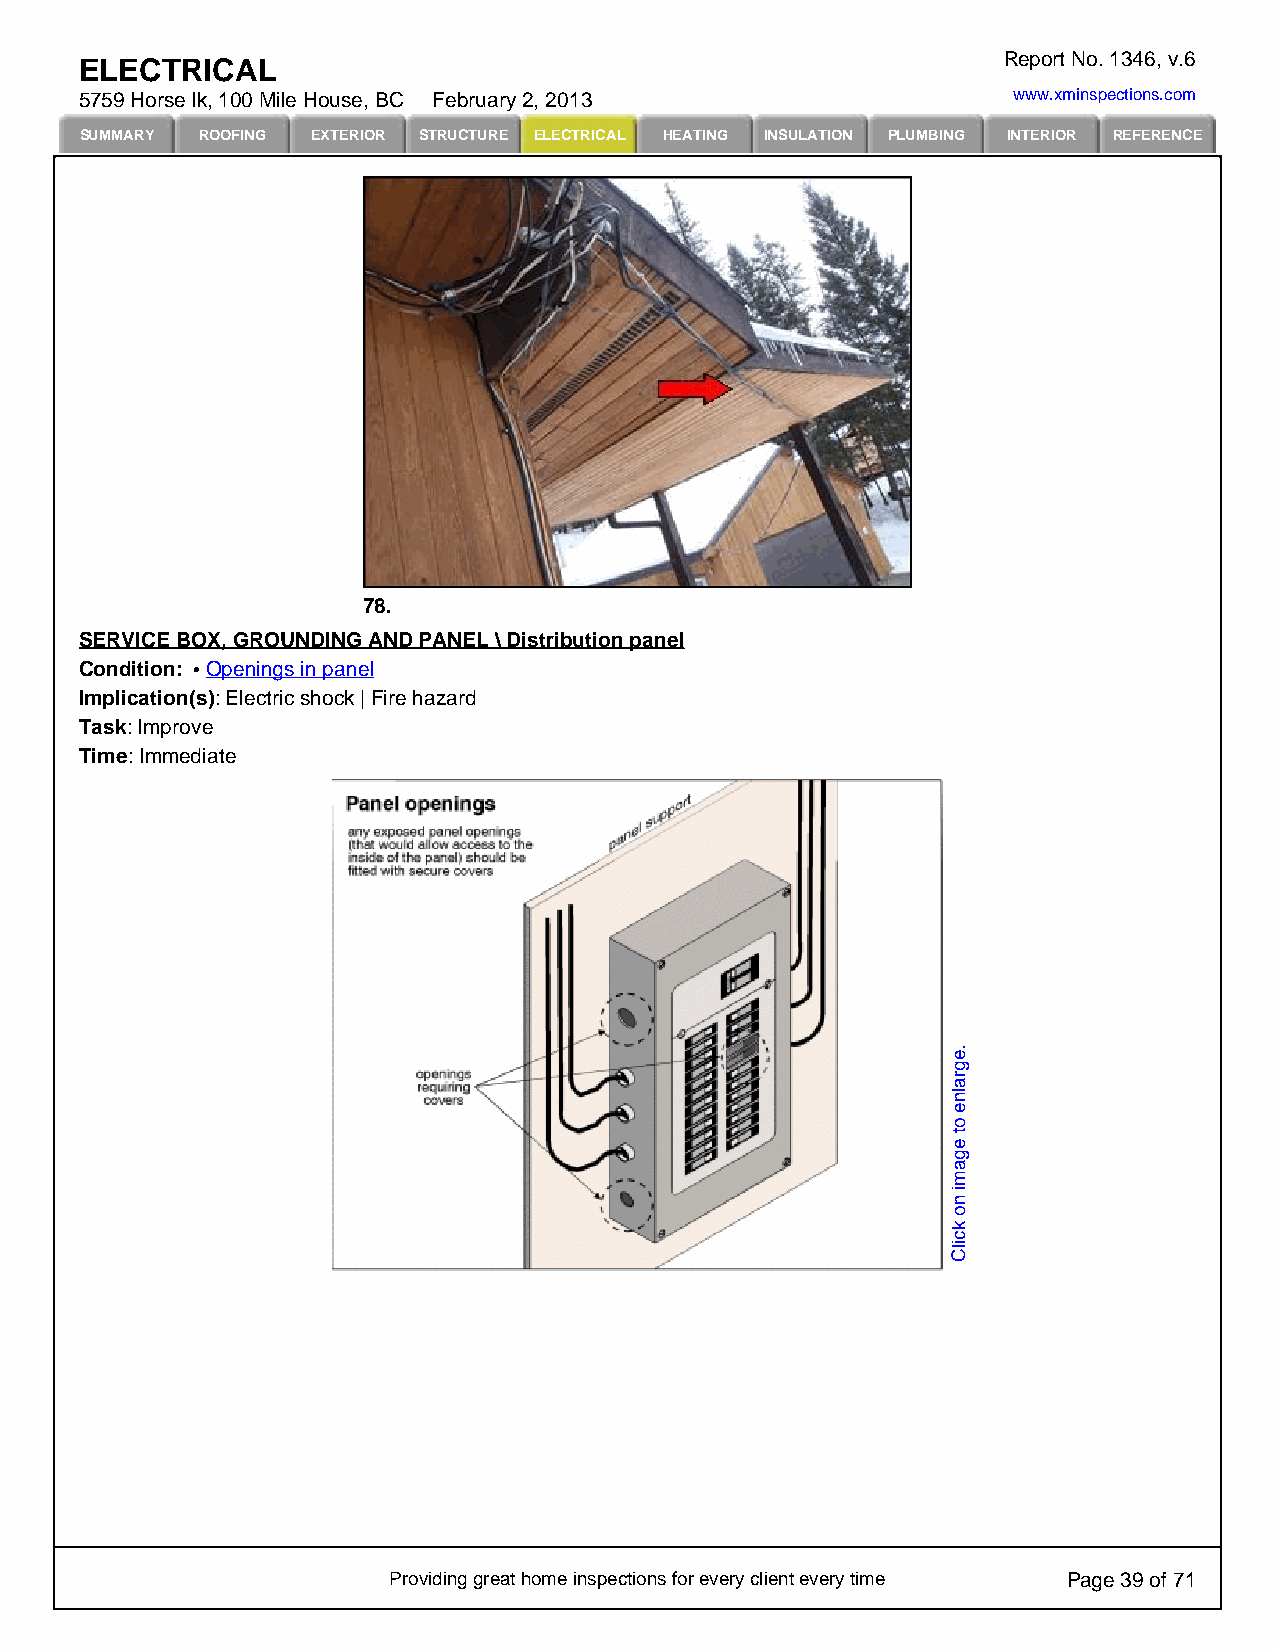
Report No. 1346, v.6
 ELECTRICAL
 5759 Horse lk, 100 Mile House, BC February 2, 2013            www.xminspections.com
 SUMMARY ROOFING EXTERIOR STRUCTURE ELECTRICAL HEATING INSULATION PLUMBING INTERIOR REFERENCE
 78.
 SERVICE BOX, GROUNDING AND PANEL \ Distribution panel
 Condition: Openings in panel
 Implication(s): Electric shock | Fire hazard
 Task: Improve
 Time: Immediate
 Providing great home inspections for every client every time Page 39 of 71
 .egralne
 ot
 egami
 no
 kcilC